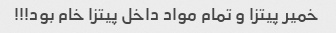
خمیر پیتزا و تمام مواد داخل پیتزا خام بود!!!